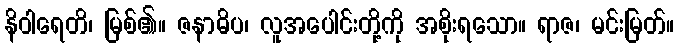
နိဝါရေတိ၊ မြစ်၏။ ဇနာဓိပ၊ လူအပေါင်းတို့ကို အစိုးရသော။ ရာဇ၊ မင်းမြတ်။